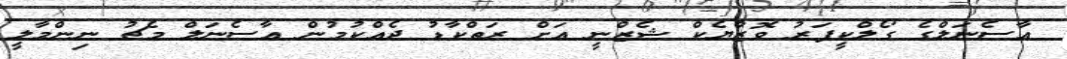
އާސެނަލްގެ ގޯލްކީޕަރު ވޮޒްޔެކް ޝެޒްނީ އަށް ރަތްކާޑު ދެއްކުމުން އާސެނަލް މެޗު ނިންމާލީ